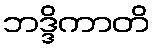
ဘဒ္ဒိကာတိ